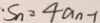
S _ { n } = 4 a _ { n } - 1